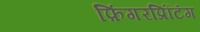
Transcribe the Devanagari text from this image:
फ़िंगरप्रिंटिंग